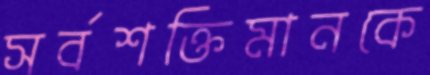
সর্বশক্তিমানকে